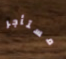
مستأجر